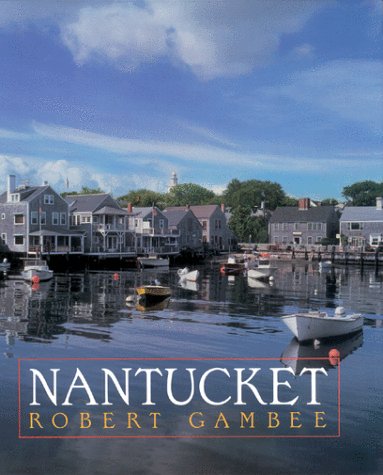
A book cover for Nantucket; Robert Gambee; Travel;